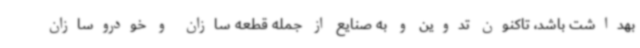
بهداشت باشد، تاکنون تدوین و به صنایع از جمله قطعه سازان و خودروسازان